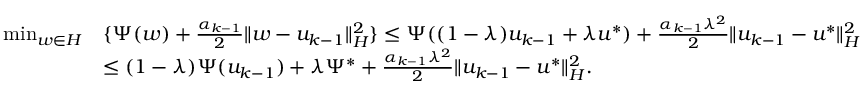
\begin{array} { r l } { \operatorname* { m i n } _ { w \in { H } } } & { \{ { \Psi } ( w ) + \frac { { \alpha } _ { k - 1 } } { 2 } \| w - u _ { k - 1 } \| _ { H } ^ { 2 } \} \leq { \Psi } ( ( 1 - \lambda ) u _ { k - 1 } + \lambda u ^ { * } ) + \frac { { \alpha } _ { k - 1 } \lambda ^ { 2 } } { 2 } \| u _ { k - 1 } - u ^ { * } \| _ { H } ^ { 2 } } \\ & { \leq ( 1 - \lambda ) { \Psi } ( u _ { k - 1 } ) + \lambda { \Psi } ^ { * } + \frac { { \alpha } _ { k - 1 } \lambda ^ { 2 } } { 2 } \| u _ { k - 1 } - u ^ { * } \| _ { H } ^ { 2 } . } \end{array}